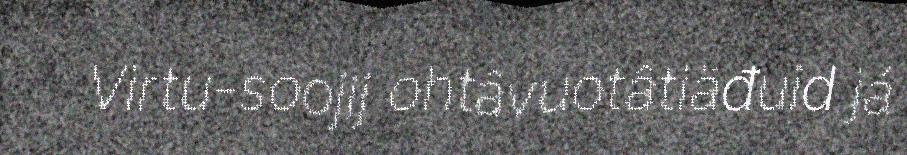
Virtu-soojij ohtâvuotâtiäđuid já